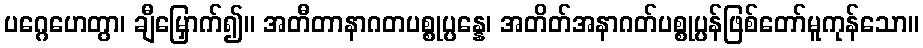
ပဂ္ဂေဟေတွာ၊ ချီမြှောက်၍။ အတီတာနာဂတပစ္စုပ္ပန္နေ၊ အတိတ်အနာဂတ်ပစ္စုပ္ပန်ဖြစ်တော်မူကုန်သော။